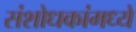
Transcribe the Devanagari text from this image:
संशोधकांमध्ये